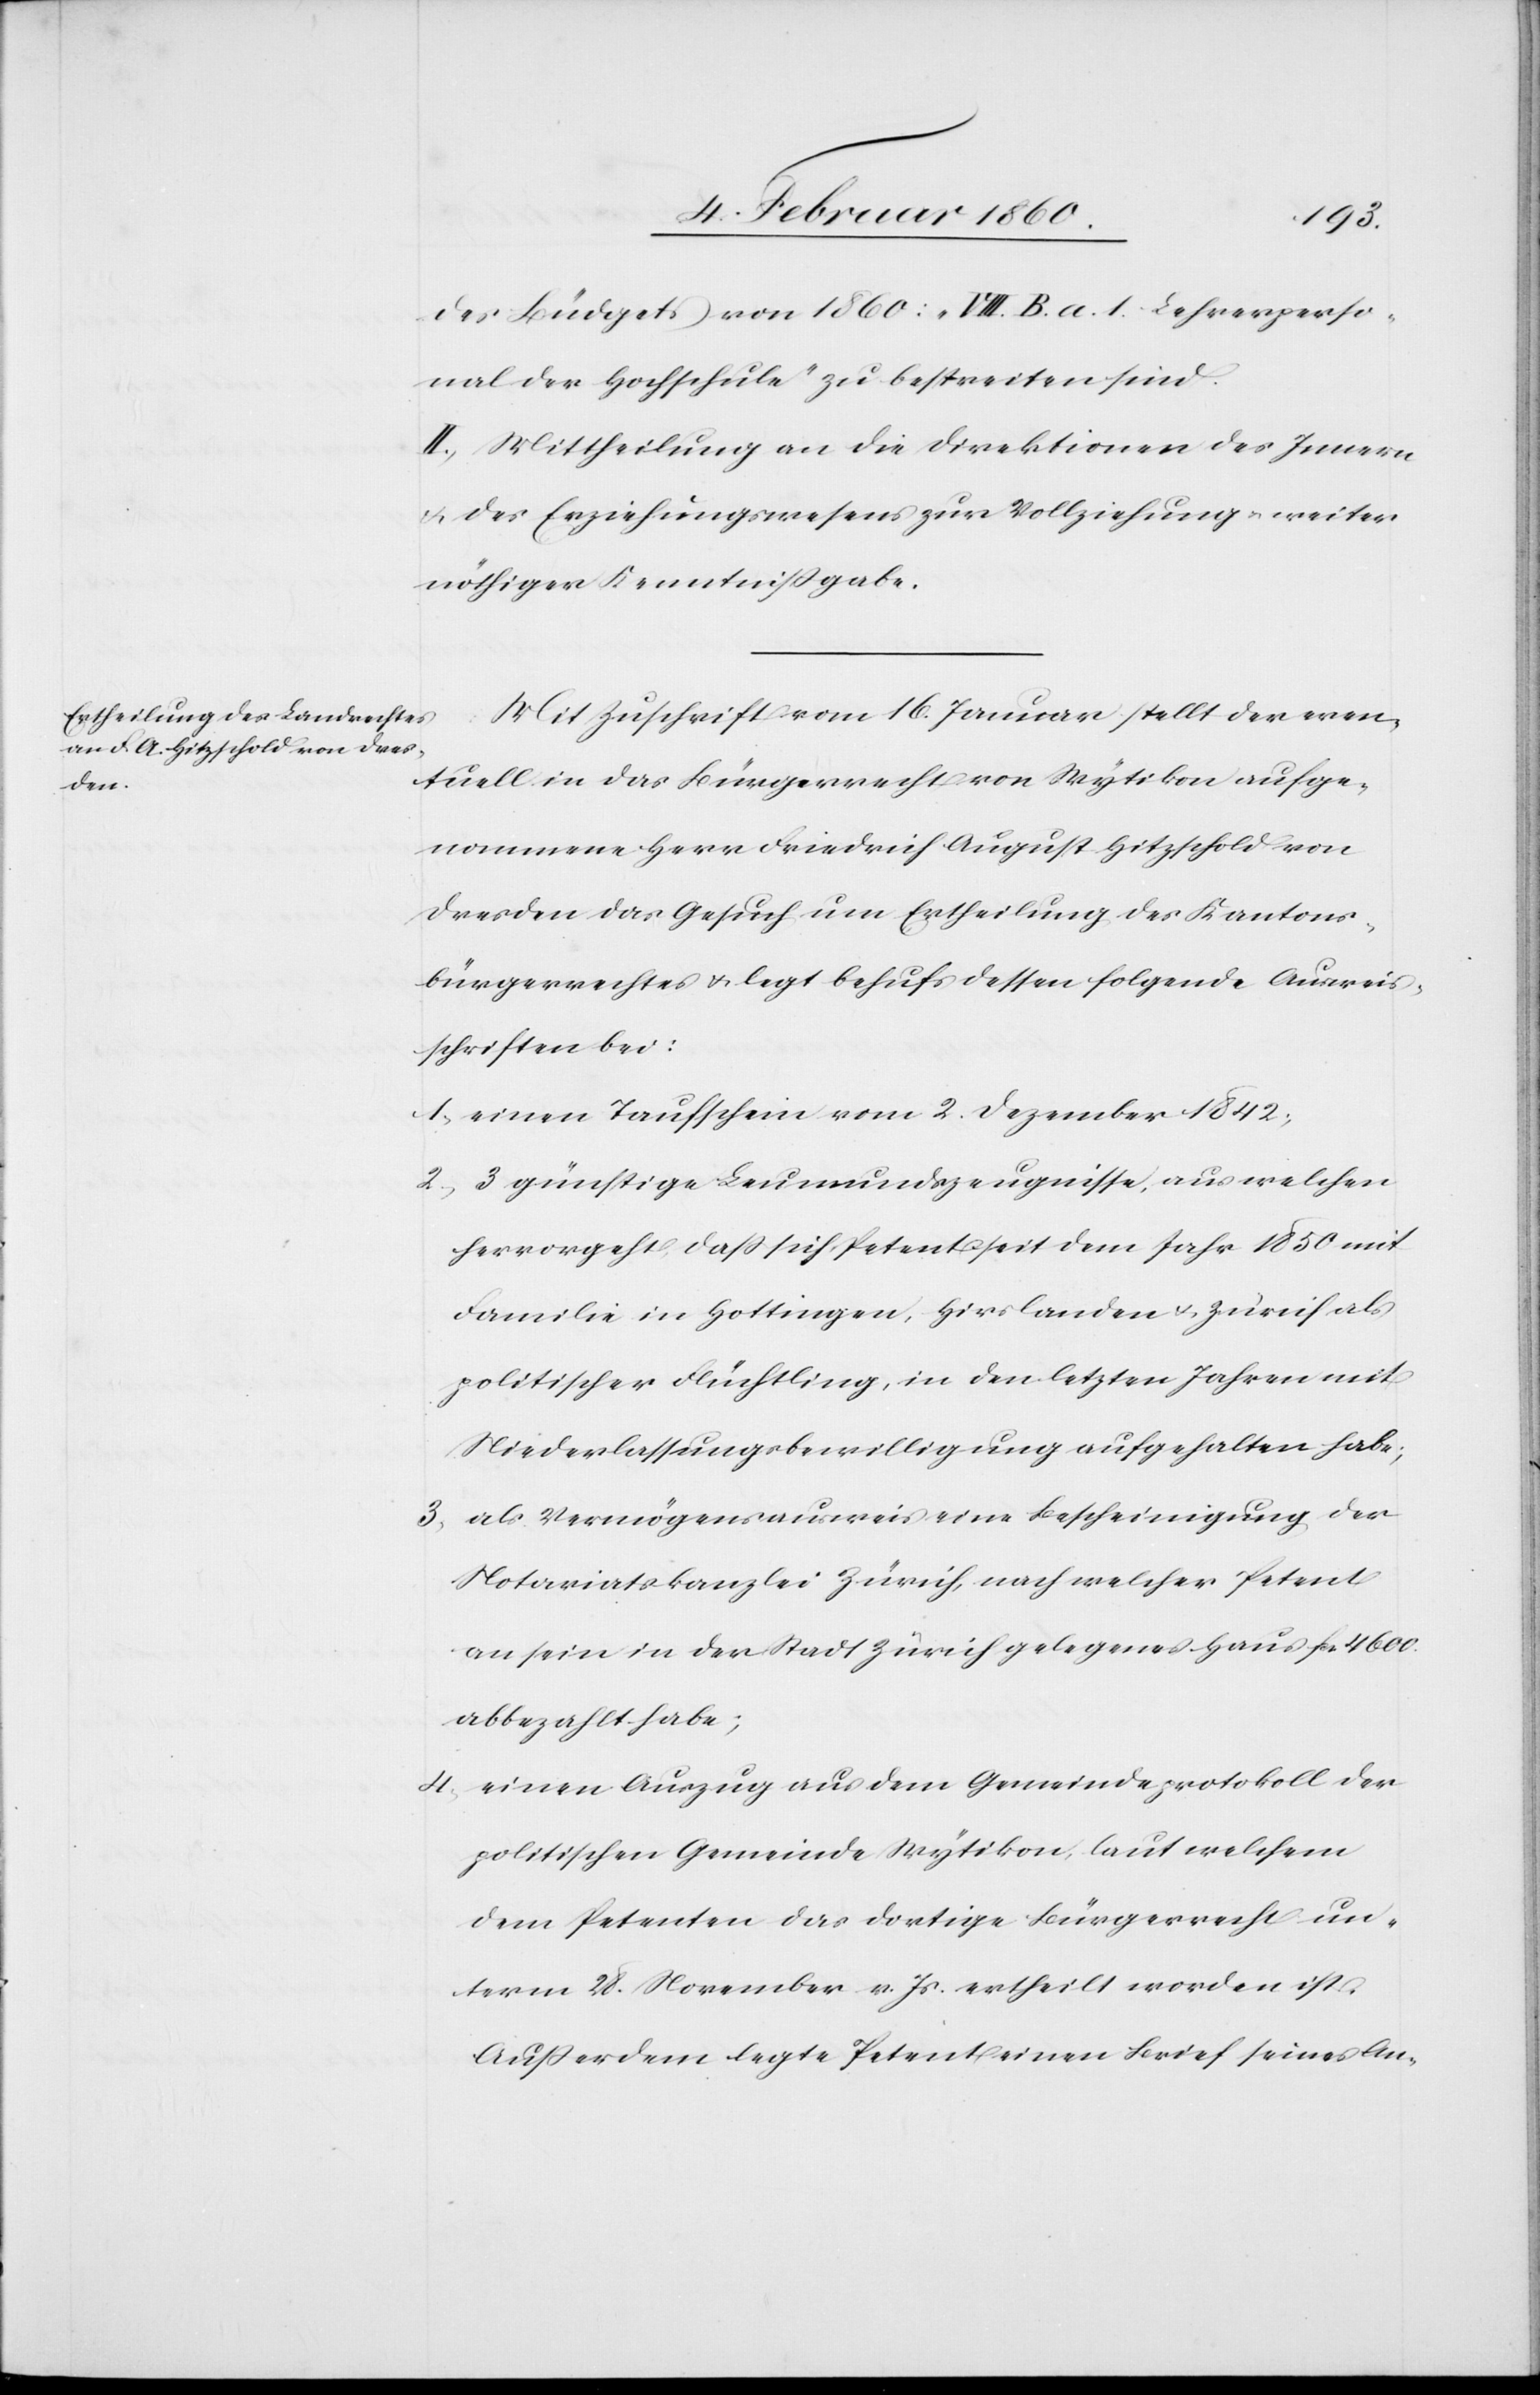
des Büdgets von 1860: „VIII. B. a. 1. Lehrerperso¬
nal der Hochschule“ zu bestreiten sind.
II. Mittheilung an die Direktion des Innern
u. des Erziehungswesens zur Vollziehung u. weiter
nöthiger Kenntnissgabe.
Mit Zuschrift vom 16. Januar stellt der even¬
tuell in das Bürgerrecht von Wytikon aufge¬
nommene Herr Friedrich August Hitzschold von
Dresden das Gesuch um Ertheilung des Kantons¬
bürgerrechtes u. legt behufs dessen folgende Ausweis¬
schriften bei:
1. einen Taufschein vom 2. Dezember 1842;
2.
3 günstige Leumundszeugnisse, aus welchen
hervorgeht, dass sich Petent seit dem Jahr 1850 mit
Familie in Hottingen. Hirslanden u. Zürich als
politischer Flüchtling, in den letzten Jahren mit
Niederlassungsbewilligung aufgehalten habe;
3. als Vermögensausweis eine Bescheinigung der
Notariatskanzlei Zürich, nach welcher Petent
an sein in der Stadt Zürich gelegenes Haus fcs. 4600.
abbezahlt habe;
4. einen Auszug aus dem Gemeindeprotokoll der
Politischen Gemeinde Wytikon laut welchem
dem Petenten das dortige Bürgerrecht un¬
term 28. November v. Js. ertheilt worden ist.
Ausserdem legte Petent einen Brief seines An-